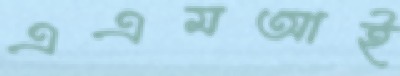
এএমআই